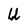
Character: U